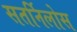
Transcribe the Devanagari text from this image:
सतर्निलोस